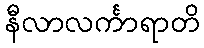
နီလာလင်္ကာရာတိ